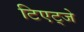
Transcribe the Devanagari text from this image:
टिएट्जे